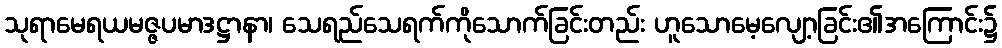
သုရာမေရယမဇ္ဇပမာဒဋ္ဌာနာ၊ သေရည်သေရက်ကိုသောက်ခြင်းတည်း ဟူသောမေ့လျော့ခြင်း၏အကြောင်း၌